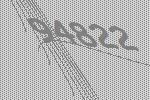
94822